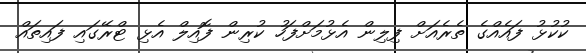
ކުކުޅު ފައެއްގެ ތެރެއަށް ފިލިން އެޅުމަށްފަހު ކުރިން ފޮއިލް އެޅި ޓްރޭގައި ފައިތައް